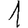
Digit: 1